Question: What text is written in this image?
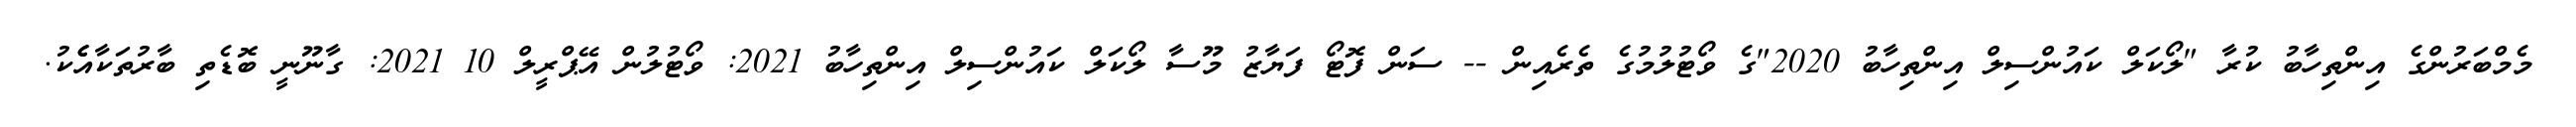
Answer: މެމްބަރުންގެ އިންތިހާބު ކުރާ "ލޯކަލް ކައުންސިލް އިންތިހާބު 2020"ގެ ވޯޓުލުމުގެ ތެރެއިން -- ސަން ފޮޓޯ ފަޔާޒު މޫސާ ލޯކަލް ކައުންސިލް އިންތިހާބު 2021: ވޯޓުލުން އޭޕްރީލް 10 2021: ގާނޫނީ ބޮޑެތި ބާރުތަކާއެެކު.